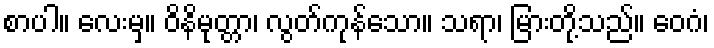
စာပါ။ လေးမှ။ ဝိနိမုတ္တာ၊ လွတ်ကုန်သော။ သရာ၊ မြားတို့သည်။ ဝေဂံ၊